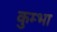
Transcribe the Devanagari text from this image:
कुम्‍भा